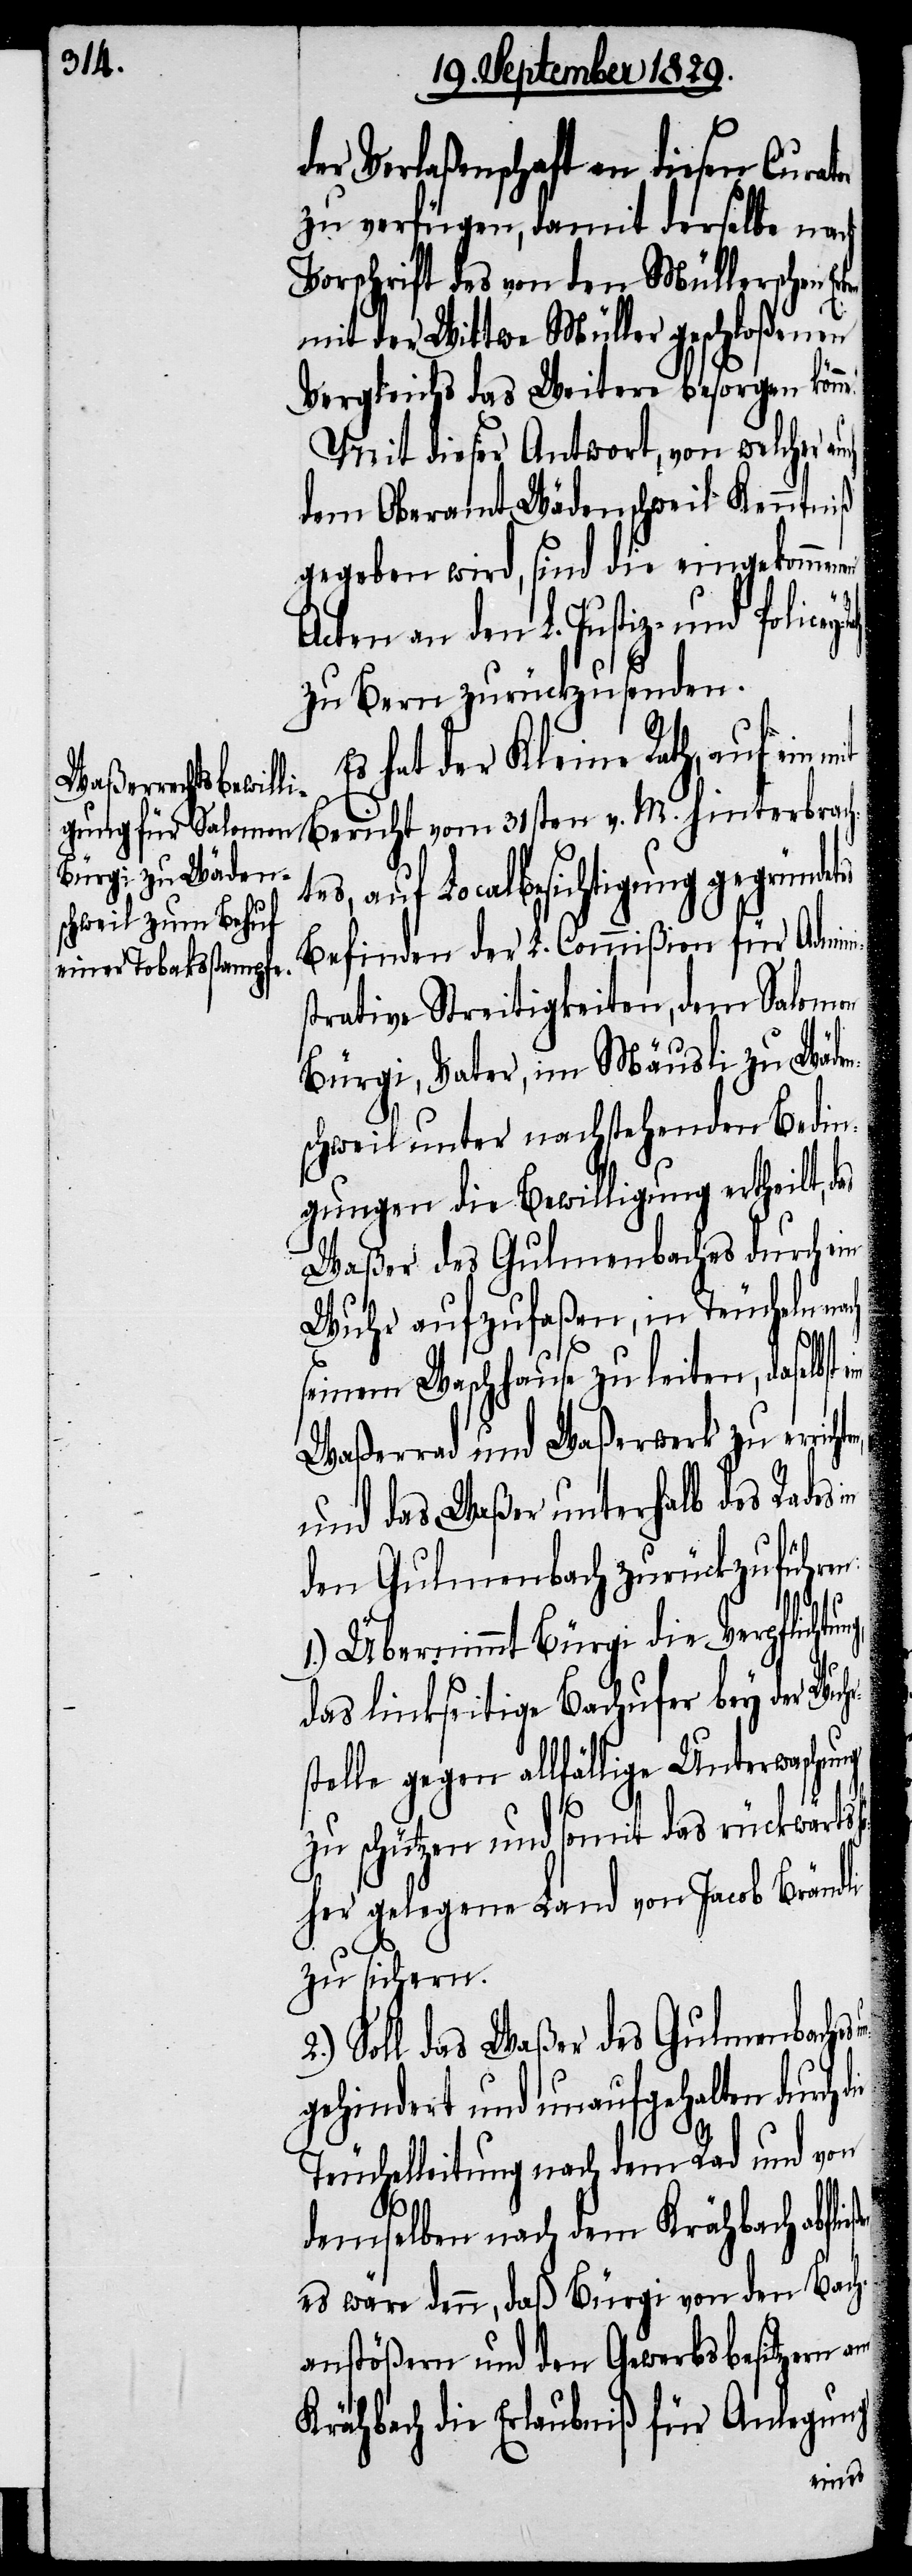
der Verlaßenschaft an diesen Cura¬
zu verfügen, damit derselbe nach
Vorschrift des von den Müllerschen
mit der Wittwe Müller geschloßenen
Vergleichs das Weitere besorgen kön¬
Mit dieser Antwort, von welcher
dem Oberamte Wädenschweil Kenntniß
gegeben wird, sind die eingekommenen
Acten an den L. Justiz- und
zu Bern zurückzusenden.
hat der Kleine Rath, auf ein
Bericht vom 31sten v. M. hinterbrach¬
tes, auf Localbesichtigung gegründe¬
Befinden der L. Commißion für Admini¬
strative Streitigkeiten, dem Salomon
Bürgi, Vater, im Mäusli zu Wäden¬
schweil unter nachstehenden Bedin¬
gungen die Bewilligung ertheilt, d¬
Waßer des Gulmenbaches durch ein
Wuhr aufzufaßen, in Teucheln
seinem Waschhause zu leiten, daselbst
Waßerrad und Waßerwerk zu erric¬
und das Waßer unterhalb des Rades
den Gulmenbach zurückzuführen:
1.) Übernimmt Bürgi die Verpflicht¬
das linkseitige Bachufer bey der Wuh¬
stelle gegen allfällige Unterwaschung
r¬
zu schützen und somit das rückwärts h¬
ieher gelegene Land von Jacob Brändli
zu sichern.
Soll das Waßer des Gulmenbaches
gehindert und unaufgehalten durch
Teuchelleitung nach dem Rad und von
ne.“
demselben nach dem Krähbach abflie¬
es wäre denn, daß Bürgi von den Bach¬
anstößern und den Gewerbsbesitzern am
Krähbach die Erlaubniß für Anlegung
ßen,